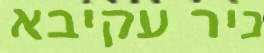
ניר עקיבא